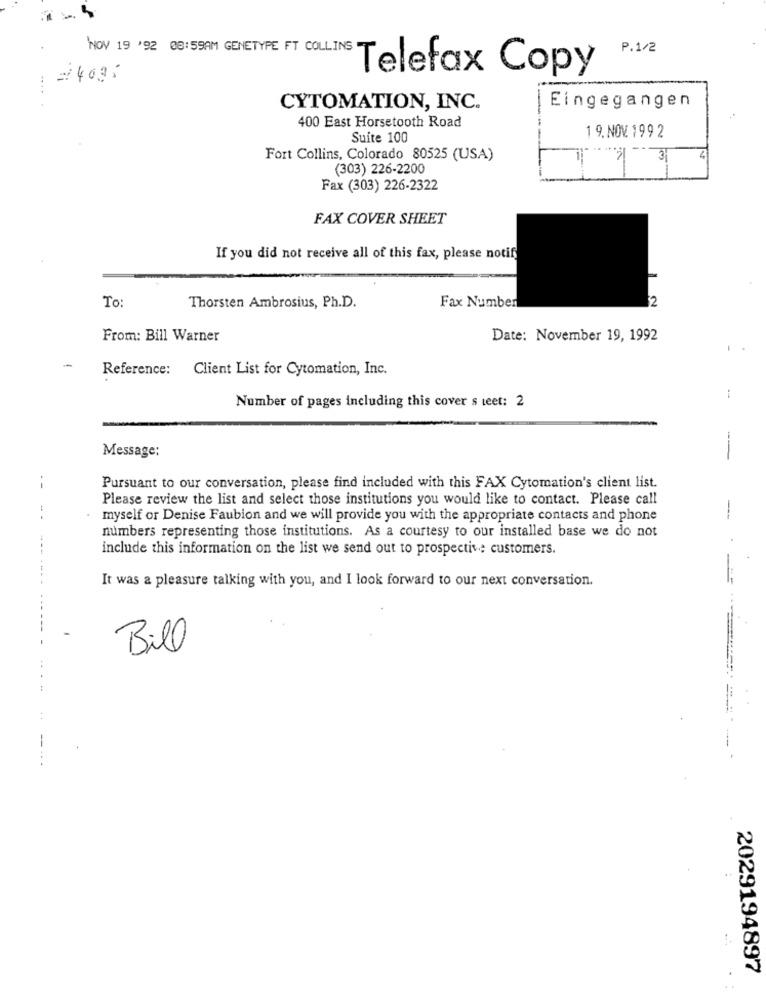
P.1/2
Telefax Copy
=4035
CYTOMATION, INC.
Eingegangen
400 East Horsetooth Road
Suite 100
1 9. NOV. 199 2
Fort Collins, Colorado 80525 (USA)
3
(303) 226-2200
Fax (303) 226-2322
FAX COVER SHEET
If you did not receive all of this fax, please notify
To:
2
Thorsten Ambrosius, Ph.D.
Fax Number
From: Bill Warner
Date: November 19, 1992
--
Reference: Client List for Cytomation, Inc.
Number of pages including this cover s teet: 2
Message:
--
Pursuant to our conversation, please find included with this FAX Cytomation's client list.
Please review the list and select those institutions you would like to contact. Please call
--
myself or Denise Faubion and we will provide you with the appropriate contacts and phone
numbers representing those institutions. As a courtesy to our installed base we do not
include this information on the list we send out to prospective customers.
It was a pleasure talking with you, and I look forward to our next conversation.
--- -
Bill
-
2029194897